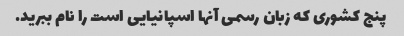
پنج کشوری که زبان رسمی آنها اسپانیایی است را نام ببرید.